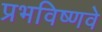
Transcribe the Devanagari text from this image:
प्रभविष्णवे